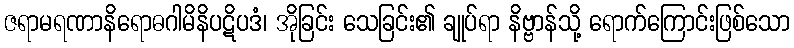
ဇရာမရဏာနိရောဓဂါမိနိပဋိပဒံ၊ အိုခြင်း သေခြင်း၏ ချုပ်ရာ နိဗ္ဗာန်သို့ ရောက်ကြောင်းဖြစ်သော